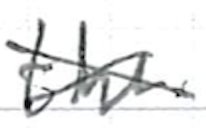
Text: the
Cross-out: cross
Writing tool: ballpoint